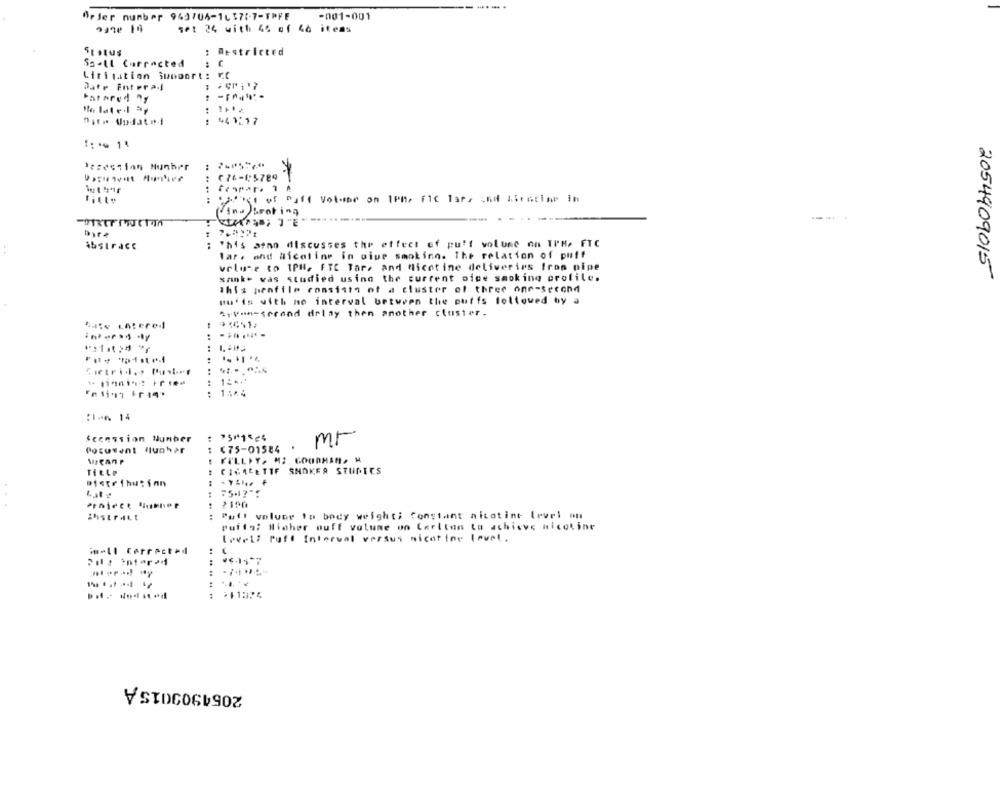
Order number 963706-16571-7-FPFF
-001-001
set 24 with 44 of 46 items
Status
: Restricted
Ss.ll Corrected
Limitation Swodort: r.C
Date Entera-
Fatored "y
...
441217
'ssession Number
( 74-1:5789
fille
Find broking
Abstract
: This atno discusses the effect of puff volume on TPH- FTC
Tar. and #icoline in giue smoking. The relation of puff
volume to IPH, FTC Tare and Nicotine deliveries Iros pipe
sanko was studied using the current oige smoking profile.
2054909015
This penfile consists of a cluster of three one-second
pu'is with no interval between the outis followed by a
ArVan-serand delay then another cluster.
.. .
Sietri ... Puster
1- 119142 110⑈
.. .. .
: 1:44
:Ian 14
Sccession Number
mr
Poruwant yluchar
(75-01584
WeCanP
FILLIY. M; GOODMAN. M
TiLLP
CIGARETTE SNOKER STUDIES
Distribution
Project flukhor
.....
Pull volume to body weight; Constant nicotine level on
ihstrait
puffs: Miaher ouff volume on Carlton to achieve nicotine
Level: Puff Interval versus nicotine level.
imell Corrected
Pilz intered
.......
211324
2054903015 A